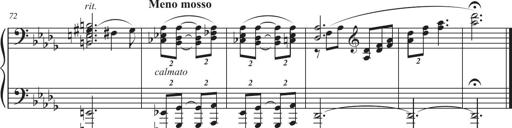
Title: Sonatina in D major
Composer: Shota Saitoh
Key: D major